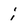
Character: i